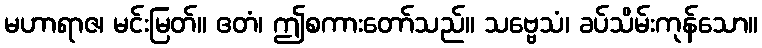
မဟာရာဇ၊ မင်းမြတ်။ ဧတံ၊ ဤစကားတော်သည်။ သဗ္ဗေသံ၊ ခပ်သိမ်းကုန်သော။